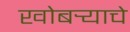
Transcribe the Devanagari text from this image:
खोबर्‍याचे